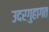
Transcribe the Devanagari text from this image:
उदरगुहागत